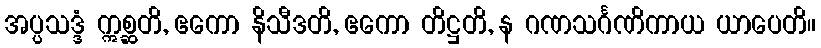
အပ္ပသဒ္ဒံ ဣစ္ဆတိ, ဧကော နိသီဒတိ, ဧကော တိဋ္ဌတိ, န ဂဏသင်္ဂဏိကာယ ယာပေတိ။